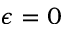
\epsilon = 0